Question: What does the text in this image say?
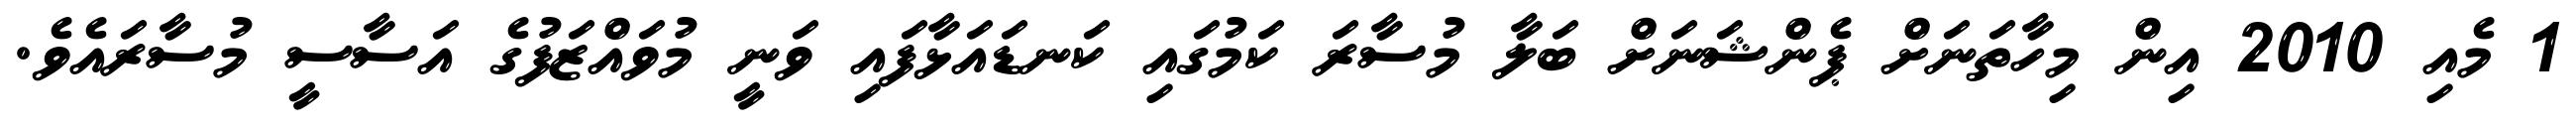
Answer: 1 މެއި 2010 އިން މިހާތަނަށް ޕެންޝަނަށް ބަލާ މުސާރަ ކަމުގައި ކަނޑައަޅާފައި ވަނީ މުވައްޒަފުގެ އަސާސީ މުސާރައެވެ.